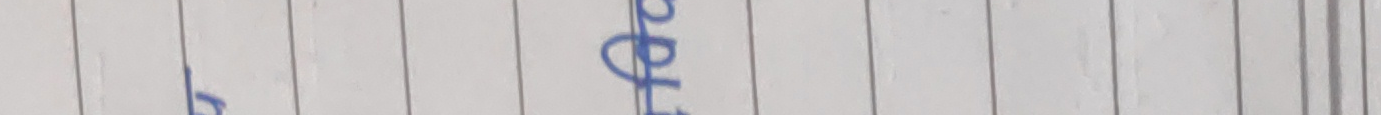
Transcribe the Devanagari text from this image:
हेका